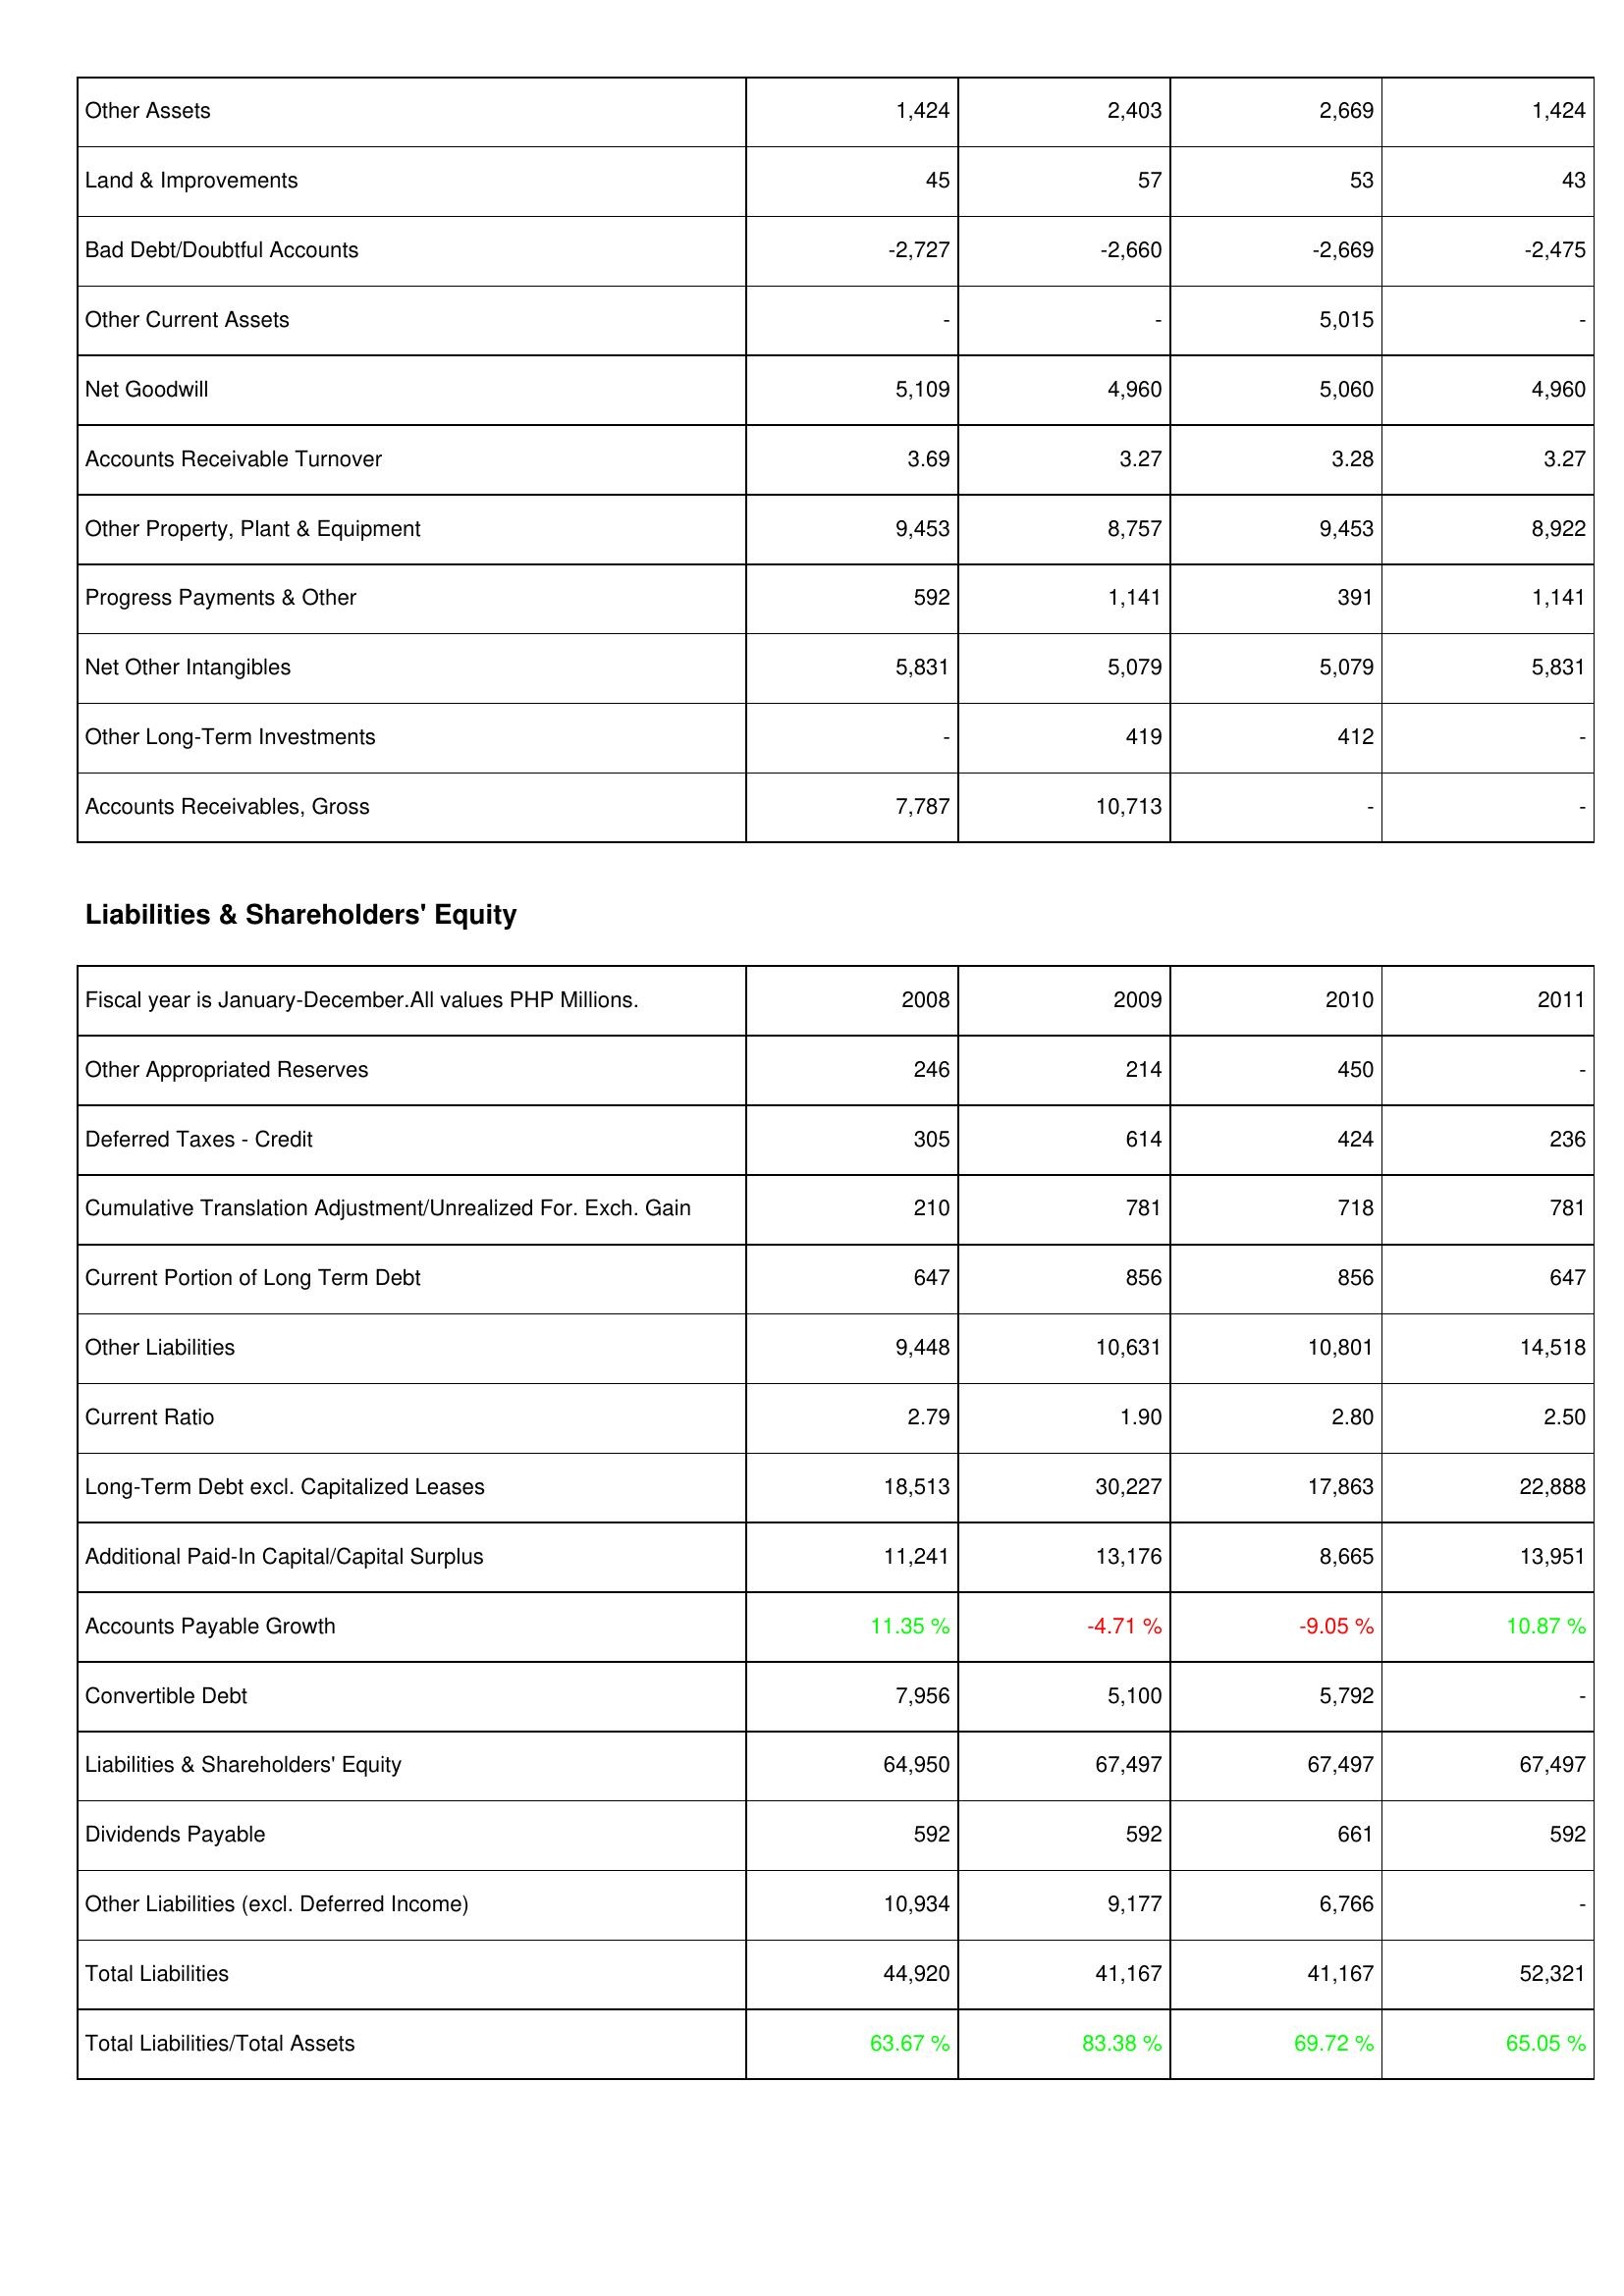
2008: Assets: Other Assets: 1,424
Land & Improvements: 45
Bad Debt/Doubtful Accounts: -2,727
Other Current Assets: -
Net Goodwill: 5,109
Accounts Receivable Turnover: 3.69
Other Property, Plant & Equipment: 9,453
Progress Payments & Other: 592
Net Other Intangibles: 5,831
Other Long-Term Investments: -
Accounts Receivables, Gross: 7,787
Liabilities & Shareholders' Equity: Other Appropriated Reserves: 246
Deferred Taxes - Credit: 305
Cumulative Translation Adjustment/Unrealized For. Exch. Gain: 210
Current Portion of Long Term Debt: 647
Other Liabilities: 9,448
Current Ratio: 2.79
Long-Term Debt excl. Capitalized Leases: 18,513
Additional Paid-In Capital/Capital Surplus: 11,241
Accounts Payable Growth: 11.35 %
Convertible Debt: 7,956
Liabilities & Shareholders' Equity: 64,950
Dividends Payable: 592
Other Liabilities (excl. Deferred Income): 10,934
Total Liabilities: 44,920
Total Liabilities/Total Assets: 63.67 %
2009: Assets: Other Assets: 2,403
Land & Improvements: 57
Bad Debt/Doubtful Accounts: -2,660
Other Current Assets: -
Net Goodwill: 4,960
Accounts Receivable Turnover: 3.27
Other Property, Plant & Equipment: 8,757
Progress Payments & Other: 1,141
Net Other Intangibles: 5,079
Other Long-Term Investments: 419
Accounts Receivables, Gross: 10,713
Liabilities & Shareholders' Equity: Other Appropriated Reserves: 214
Deferred Taxes - Credit: 614
Cumulative Translation Adjustment/Unrealized For. Exch. Gain: 781
Current Portion of Long Term Debt: 856
Other Liabilities: 10,631
Current Ratio: 1.90
Long-Term Debt excl. Capitalized Leases: 30,227
Additional Paid-In Capital/Capital Surplus: 13,176
Accounts Payable Growth: -4.71 %
Convertible Debt: 5,100
Liabilities & Shareholders' Equity: 67,497
Dividends Payable: 592
Other Liabilities (excl. Deferred Income): 9,177
Total Liabilities: 41,167
Total Liabilities/Total Assets: 83.38 %
2010: Assets: Other Assets: 2,669
Land & Improvements: 53
Bad Debt/Doubtful Accounts: -2,669
Other Current Assets: 5,015
Net Goodwill: 5,060
Accounts Receivable Turnover: 3.28
Other Property, Plant & Equipment: 9,453
Progress Payments & Other: 391
Net Other Intangibles: 5,079
Other Long-Term Investments: 412
Accounts Receivables, Gross: -
Liabilities & Shareholders' Equity: Other Appropriated Reserves: 450
Deferred Taxes - Credit: 424
Cumulative Translation Adjustment/Unrealized For. Exch. Gain: 718
Current Portion of Long Term Debt: 856
Other Liabilities: 10,801
Current Ratio: 2.80
Long-Term Debt excl. Capitalized Leases: 17,863
Additional Paid-In Capital/Capital Surplus: 8,665
Accounts Payable Growth: -9.05 %
Convertible Debt: 5,792
Liabilities & Shareholders' Equity: 67,497
Dividends Payable: 661
Other Liabilities (excl. Deferred Income): 6,766
Total Liabilities: 41,167
Total Liabilities/Total Assets: 69.72 %
2011: Assets: Other Assets: 1,424
Land & Improvements: 43
Bad Debt/Doubtful Accounts: -2,475
Other Current Assets: -
Net Goodwill: 4,960
Accounts Receivable Turnover: 3.27
Other Property, Plant & Equipment: 8,922
Progress Payments & Other: 1,141
Net Other Intangibles: 5,831
Other Long-Term Investments: -
Accounts Receivables, Gross: -
Liabilities & Shareholders' Equity: Other Appropriated Reserves: -
Deferred Taxes - Credit: 236
Cumulative Translation Adjustment/Unrealized For. Exch. Gain: 781
Current Portion of Long Term Debt: 647
Other Liabilities: 14,518
Current Ratio: 2.50
Long-Term Debt excl. Capitalized Leases: 22,888
Additional Paid-In Capital/Capital Surplus: 13,951
Accounts Payable Growth: 10.87 %
Convertible Debt: -
Liabilities & Shareholders' Equity: 67,497
Dividends Payable: 592
Other Liabilities (excl. Deferred Income): -
Total Liabilities: 52,321
Total Liabilities/Total Assets: 65.05 %